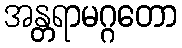
အန္တရာမဂ္ဂတော